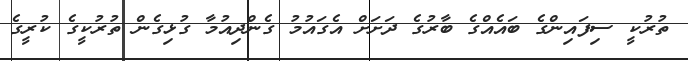
ތުރުކީ ސިފައިންގެ ބައެއްގެ ބާރުގެ ދަށަށް އެގައުމު ގެންދިއުމާ ގުޅިގެން ތުރުކީގެ ކުރީގެ